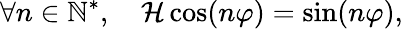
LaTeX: \forall n\in\mathbb{N}^{*},\quad\mathcal{H}\cos(n\varphi)=\sin(n\varphi),